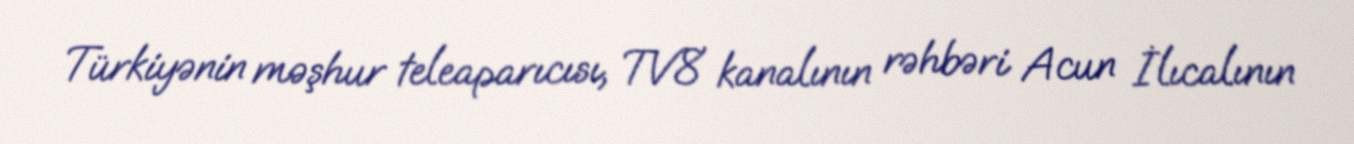
Türkiyənin məşhur teleaparıcısı, TV8 kanalının rəhbəri Acun İlıcalının